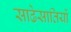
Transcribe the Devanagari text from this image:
साढेसातियों